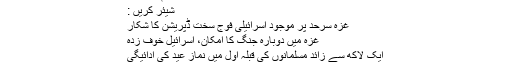
ختم شد/۱۰۴
شیئر کریں :
غزہ سرحد پر موجود اسرائیلی فوج سخت ڈپریشن کا شکار
غزہ میں دوبارہ جنگ کا امکان، اسرائیل خوف زدہ
ایک لاکھ سے زائد مسلمانوں کی قبلہ اول میں نماز عید کی ادائیگی
کشمیر پر بھارتی جارحیت، پاکستان اور عالمی برادری کا رد عمل